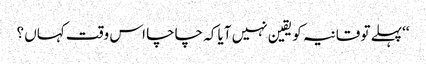
‘‘پہلے تو قانیہ کو یقین نہیں آیا کہ چاچا اس وقت کہاں ؟